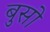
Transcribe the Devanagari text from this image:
बुसो